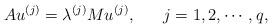
LaTeX: \begin{align*}Au^{(j)} = \lambda^{(j)} M u^{(j)},\ \ \ \ \ j=1,2,\cdots,q,\end{align*}